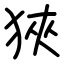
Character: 狹